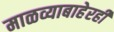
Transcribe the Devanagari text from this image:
माळव्याबाहेरही